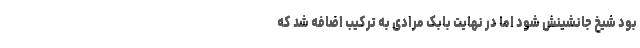
بود شیخ جانشینش شود اما در نهایت بابک مرادی به ترکیب اضافه شد که